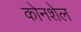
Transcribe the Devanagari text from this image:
कोनशेल